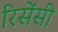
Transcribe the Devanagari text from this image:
रिसेंसी